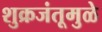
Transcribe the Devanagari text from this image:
शुक्रजंतूमुळे